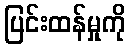
ပြင်းထန်မှုကို